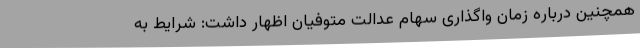
همچنین درباره زمان واگذاری سهام عدالت متوفیان اظهار داشت: شرایط به